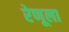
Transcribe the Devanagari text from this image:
रेणूला